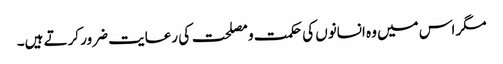
مگر اس میں وہ انسانوں کی حکمت و مصلحت کی رعایت ضرور کرتے ہیں۔